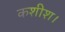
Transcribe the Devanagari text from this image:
कशीश।